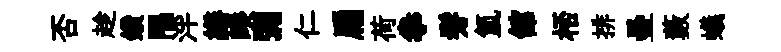
否趁鑽隅泮繕暌彌仁扁荷拳髣氳舘桮排壘藪蟻